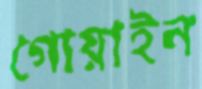
গোয়াইন